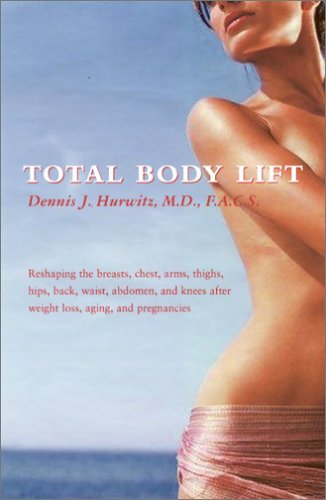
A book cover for Total Body Lift: Reshaping the breasts, chest, arms, thighs, hips, back, waist, abdomen, and knees after weight loss, (n/a series); Dennis J. Hurwitz; Health, Fitness & Dieting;